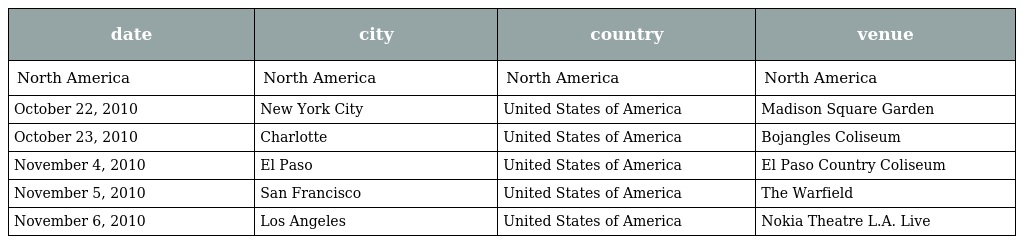
| date | city | country | venue |
 | --- | --- | --- | --- |
 | North America | North America | North America | North America |
 | October 22, 2010 | New York City | United States of America | Madison Square Garden |
 | October 23, 2010 | Charlotte | United States of America | Bojangles Coliseum |
 | November 4, 2010 | El Paso | United States of America | El Paso Country Coliseum |
 | November 5, 2010 | San Francisco | United States of America | The Warfield |
 | November 6, 2010 | Los Angeles | United States of America | Nokia Theatre L.A. Live |